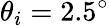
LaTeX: \theta_{i}=2.5^{\circ}